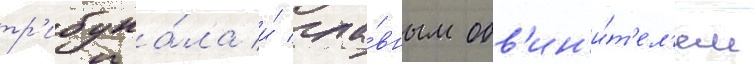
тр'ибуна́ла и́ гла́вным обв'ин'и́т'ел'ем